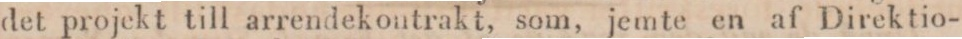
det projekt till arrendekontrakt, som, jemte en af Direktio-